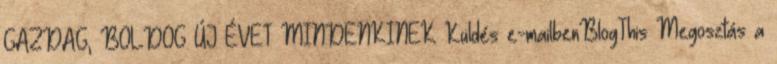
GAZDAG, BOLDOG ÚJ ÉVET MINDENKINEK Küldés e-mailbenBlogThis Megosztás a